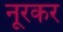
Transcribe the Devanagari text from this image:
नूरकर